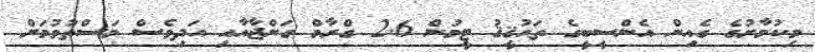
މިކުމާރުގެ ގެއިން އެންސީބީގެ ތަޙުޤީޤު ޓީމުން 2.6 ގްރާމް ގަންޖާއާއި އަދިވެސް މަސްތުވުމަށް